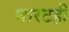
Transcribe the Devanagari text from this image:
घारटही